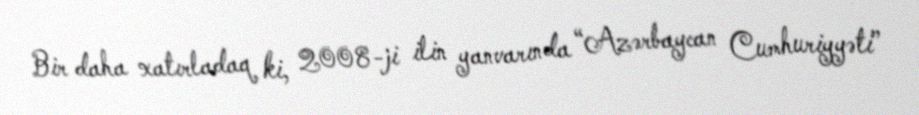
Bir daha xatırladaq ki, 2008-ji ilin yanvarında “Azərbaycan Cumhuriyyəti”